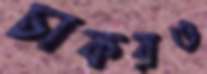
চাকরও